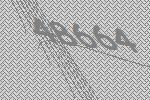
48664